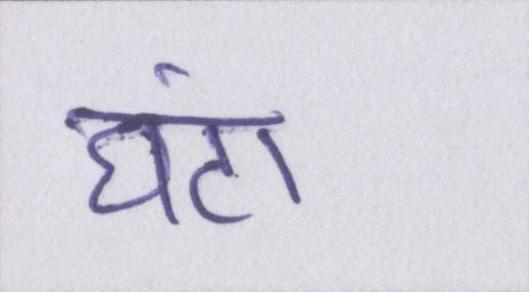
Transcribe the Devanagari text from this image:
घंटा